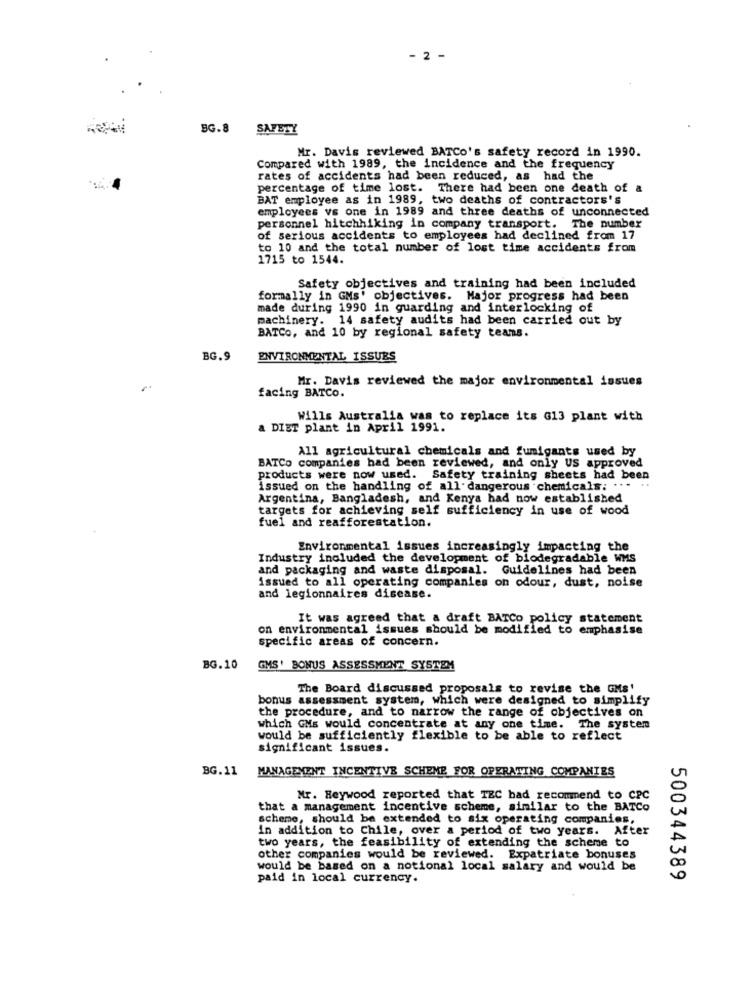
- 2 -
BG.8
SAFETY
Mr. Davis reviewed BATCo's safety record in 1990.
Compared with 1989, the incidence and the frequency
rates of accidents had been reduced, as had the
percentage of time lost. There had been one death of a
BAT employee as in 1989, two deaths of contractors's
employees vs one in 1989 and three deaths of unconnected
personnel hitchhiking in company transport. The number
of serious accidents to employees had declined from 17
to 10 and the total number of lost time accidents from
1715 to 1544.
Safety objectives and training had been included
formally in GNs' objectives. Major progress had been
made during 1990 in guarding and interlocking of
machinery. 14 safety audits had been carried out by
BATCO, and 10 by regional safety teams.
BG.9
ENVIRONMENTAL ISSUES
Mr. Davis reviewed the major environmental issues
facing BATCO.
Wills Australia was to replace its G13 plant with
a DIET plant in April 1991.
All agricultural chemicals and fumigants used by
BATCo companies had been reviewed, and only US approved
products were now used. Safety training sheets had been
issued on the handling of all dangerous chemicals; ... ..
Argentina, Bangladesh, and Kenya had now established
targets for achieving self sufficiency in use of wood
fuel and reafforestation.
Environmental issues increasingly impacting the
Industry included the development of biodegradable WMS
and packaging and waste disposal. Guidelines had been
issued to all operating companies on odour, dust, noise
and legionnaires disease.
It was agreed that a draft BATCo policy statement
on environmental issues should be modified to emphasise
specific areas of concern.
BG.10
GMS' BONUS ASSESSMENT SYSTEM
The Board discussed proposals to revise the GMs'
bonus assessment system, which were designed to simplify
the procedure, and to narrow the range of objectives on
which GMs would concentrate at any one time. The system
would be sufficiently flexible to be able to reflect
significant issues.
BG.11
MANAGEMENT INCENTIVE SCHEME FOR OPERATING COMPANIES
Mr. Heywood reported that TEC bad recommend to CPC
that a management incentive scheme, similar to the BATCO
scheme, should be extended to six operating companies,
in addition to Chile, over a period of two years. After
two years, the feasibility of extending the scheme to
other companies would be reviewed. Expatriate bonuses
would be based on a notional local salary and would be
paid in local currency.
500344389